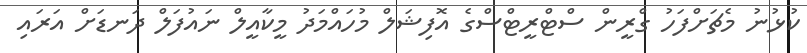
ކުޅުނު މެޗަށްފަހު ގްރީން ސްޓްރީޓްސްގެ އޮފިޝަލް މުހައްމަދު މީކާއީލް ނައުފަލް ދަނޑަށް އަރައި